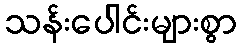
သန်းပေါင်းများစွာ